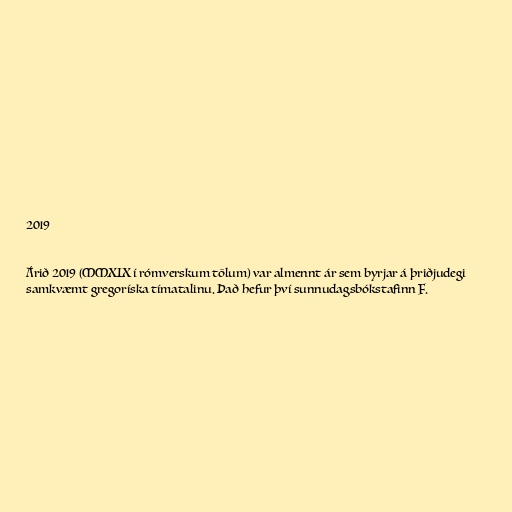
2019

Árið 2019 (MMXIX í rómverskum tölum) var almennt ár sem byrjar á þriðjudegi
samkvæmt gregoríska tímatalinu. Það hefur því sunnudagsbókstafinn F.